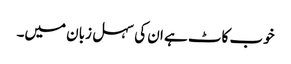
خوب کاٹ ہے ان کی سہل زبان میں۔